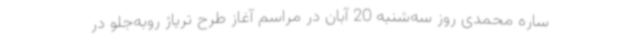
ساره محمدی روز سه‌شنبه 20 آبان در مراسم آغاز طرح تریاژ روبه‌جلو در